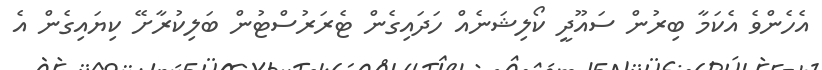
އެހެންވެ އެކަމާ ބިރުން ސައޫދީ ކޯލިޝަނެއް ހަދައިގެން ޓެރަރުސްޓުން ބަލިކުރާށޭ ކިޔައިގެން އެ